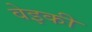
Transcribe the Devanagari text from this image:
वेइकी